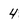
Character: 4